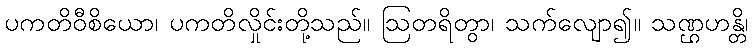
ပကတိဝီစိယော၊ ပကတိလှိုင်းတို့သည်။ ဩတရိတွာ၊ သက်လျော၍။ သဏ္ဌဟန္တိ၊